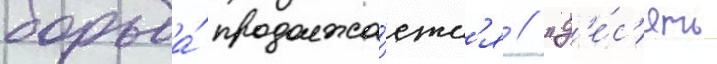
борьба́ продолжа́етс'я // "д'е́с'ять